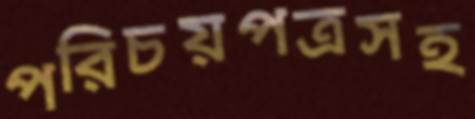
পরিচয়পত্রসহ